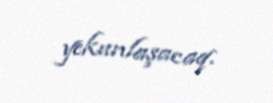
yekunlaşacaq.